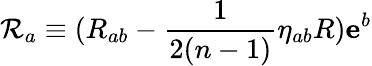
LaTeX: \mathcal{R}_{a}\equiv(R_{ab}-\frac{1}{2(n-1)}\eta_{ab}R)\mathbf{e}^{b}